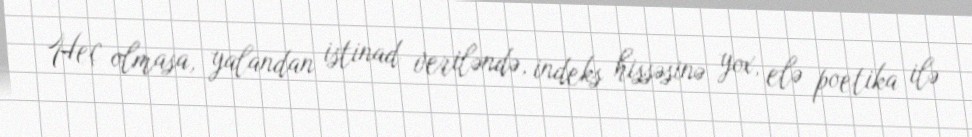
Heç olmasa, yalandan istinad veriləndə, indeks hissəsinə yox, elə poetika ilə